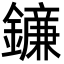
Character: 䥥